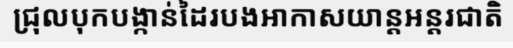
ជ្រុលបុកបង្កាន់ដៃរបងអាកាសយាន្តអន្តរជាតិ